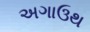
અગાઉથ